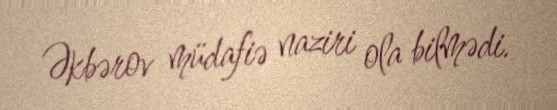
Əkbərov müdafiə naziri ola bilmədi.